Annual report of the Punjab Veterinary College and of the Civil Veterinary Department, Punjab - 1920-1925
Year: 1920
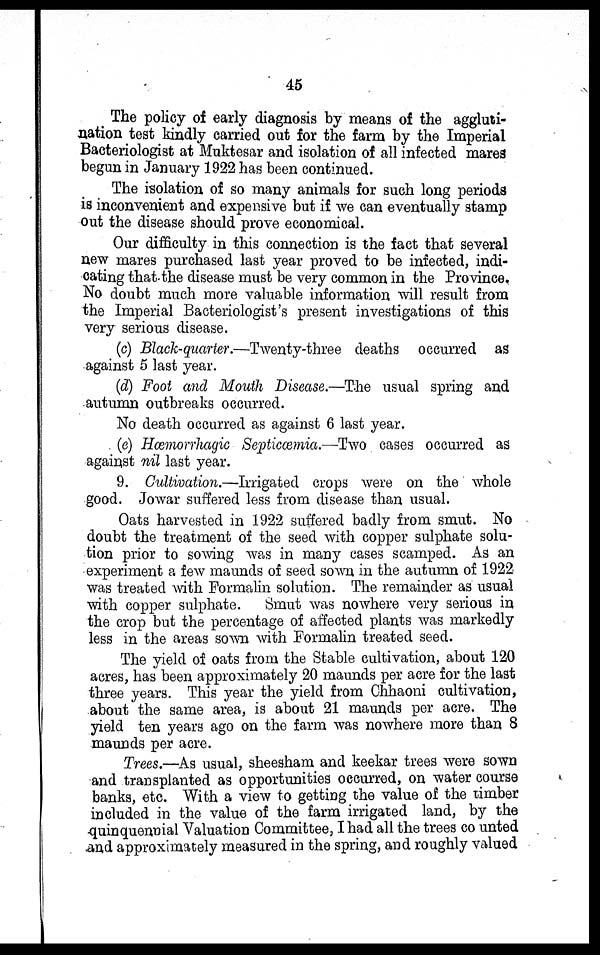
45
The policy of early diagnosis by means of the aggluti-
nation test kindly carried out for the farm by the Imperial
Bacteriologist at Muktesar and isolation of all infected mares
begun in January 1922 has been continued.
The isolation of so many animals for such long periods
is inconvenient and expensive but if we can eventually stamp
out the disease should prove economical.
Our difficulty in this connection is the fact that several
new mares purchased last year proved to be infected, indi-
cating that the disease must be very common in the Province.
No doubt much more valuable information will result from
the Imperial Bacteriologist's present investigations of this
very serious disease.
(c) Black-quarter.—Twenty-three deaths occurred as
against 5 last year.
(d) Foot and Mouth Disease.—The usual spring and
autumn outbreaks occurred.
No death occurred as against 6 last year.
(e) Hœmorrhagic Septicœmia.—Two cases occurred as
against nil last year.
9. Cultivation.—Irrigated crops were on the whole
good. Jowar suffered less from disease than usual.
Oats harvested in 1922 suffered badly from smut. No
doubt the treatment of the seed with copper sulphate solu-
tion prior to sowing was in many cases scamped. As an
experiment a few maunds of seed sown in the autumn of 1922
was treated with Formalin solution. The remainder as usual
with copper sulphate. Smut was nowhere very serious in
the crop but the percentage of affected plants was markedly
less in the areas sown with Formalin treated seed.
The yield of oats from the Stable cultivation, about 120
acres, has been approximately 20 maunds per acre for the last
three years. This year the yield from Chhaoni cultivation,
about the same area, is about 21 maunds per acre. The
yield ten years ago on the farm was nowhere more than 8
maunds per acre.
Trees.—As usual, sheesham and keekar trees were sown
and transplanted as opportunities occurred, on water course
banks, etc. With a view to getting the value of the timber
included in the value of the farm irrigated land, by the
quinquennial Valuation Committee, I had all the trees co unted
and approximately measured in the spring, and roughly valued